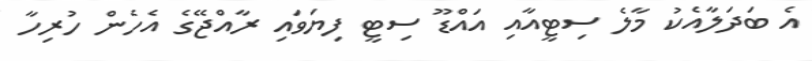
އެ ބަދަލާއެކު މާލެ ސިޓީއާއި އައްޑޫ ސިޓީ ފިޔަވައި ރާއްޖޭގެ އެހެން ހުރިހާ